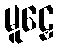
မူဠှေ